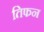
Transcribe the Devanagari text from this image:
तिफन